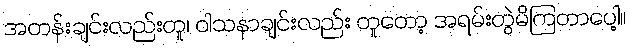
အတန်းချင်းလည်းတူ၊ ဝါသနာချင်းလည်း တူတော့ အရမ်းတွဲမိကြတာပေါ့။